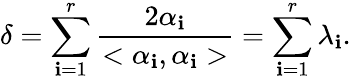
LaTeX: \delta=\sum_{\mathbf{i}=1}^{r}\frac{{2\alpha_{\mathbf{i}}}}{{<\alpha_{\mathbf{i}},\alpha_{\mathbf{i}}>}}=\sum_{\mathbf{i}=1}^{r}\lambda_{\mathbf{i}}.